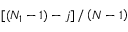
\left[ ( N _ { 1 } - 1 ) - j \right] / \left( N - 1 \right)